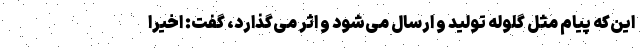
این‌که پیام مثل گلوله تولید و ارسال می‌شود و اثر می‌گذارد، گفت: اخیرا